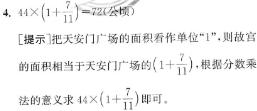
$44\times(1 + \frac{7}{11}) = 22(公顷)$
[提示]把天安门广场的面积看作单位“1”，则故宫的面积相当于天安门广场的$(1 + \frac{7}{11})$，根据分数乘法的意义求$44\times(1 + \frac{7}{11})$即可。